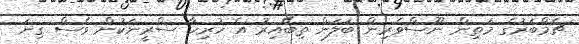
ޗެމްބަރުގެ މަތިން ނޫސްވެރިން ބަލަން ތިބޭއިރު އެ ހުރިހާ ސްރީނަކުން ވެސް ގިނަ